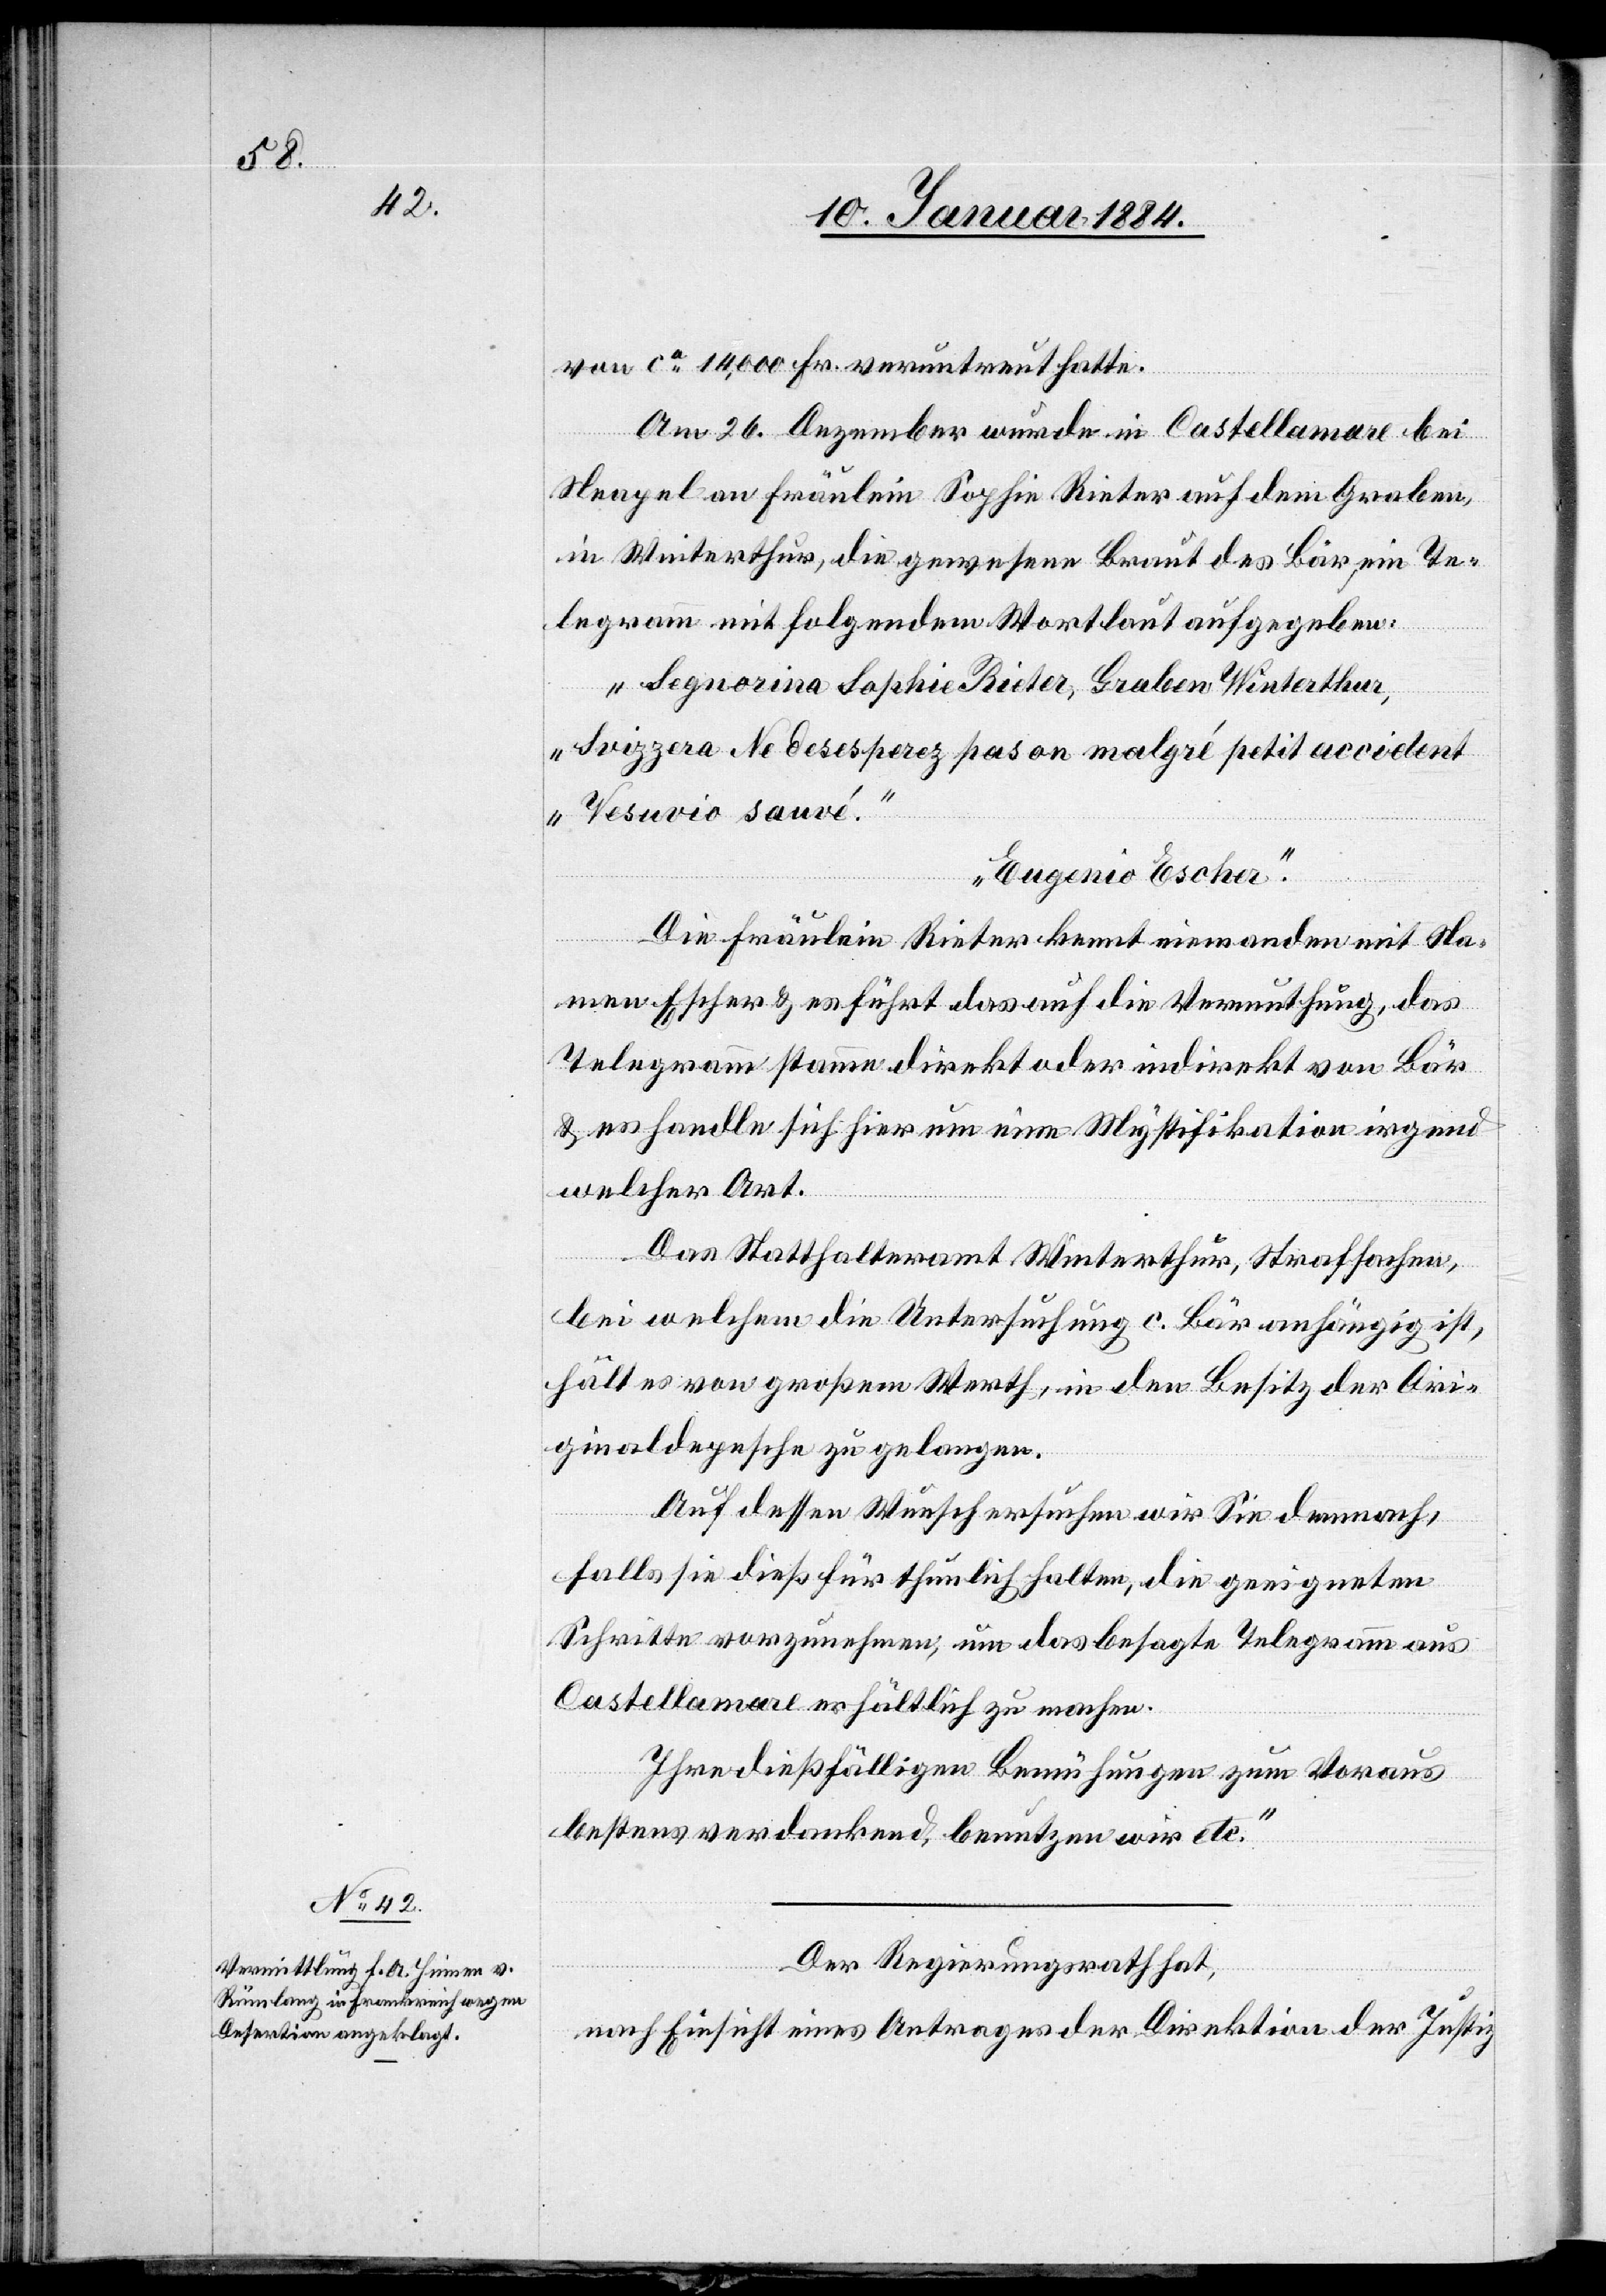
von ca 14,000 Fr. veruntreut hatte.
Am 26. Dezember wurde in Castellamare bei
Neapel an Fräulein Sophie Rieter auf dem Graben,
in Winterthur, die gewesene Braut des Bär, ein Te¬
legramm mit folgendem Wortlaut aufgegeben:
Eugenio Escher.“
„Segniorina Sophie Rieter, Graben Winterthur,
Svizzera. Ne desesperez pas on malgré petit accident.
Die Fräulein Rieter kennt niemanden mit Na¬
men Escher & es führt das auf die Vermuthung, das
Telegramm stamme direkt oder indirekt von Bär
& es handle sich hier um eine Mystifikation irgend
welcher Art.
Das Statthalteramt Winterthur, Strafsachen,
bei welchem die Untersuchung c. Bär anhängig ist,
hält es von großem Werth, in den Besitz der Ori¬
ginaldepesche zu gelangen.
Auf dessen Wunsch ersuchen wir Sie demnach,
falls sie dieß für thunlich halten, die geeigneten
Schritte vorzunehmen, um das besagte Telegramm aus
Castellamare erhältlich zu machen.
Ihre dießfälligen Bemühungen zum Voraus
bestens verdankend, benutzen wir etc.“
Der Regierungsrath hat,
nach Einsicht eines Antrages der Direktion der Justiz